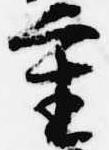
重